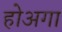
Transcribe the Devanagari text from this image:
होअगा